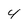
Character: 4